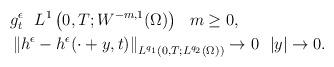
LaTeX: \begin{align*} & g^{\epsilon}_{t} \ \ L^{1}\left(0,T; W^{-m,1}(\Omega)\right) \ \ m\ge 0,\\ & \left\|h^{\epsilon}-h^{\epsilon}(\cdot +y,t)\right\|_{L^{q_{1}}(0,T; L^{q_{2}}(\Omega))} \rightarrow 0 \ \ |y| \rightarrow 0. \end{align*}